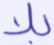
بلا